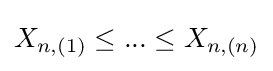
X_{n,(1)}\leq ...\leq X_{n,(n)}